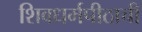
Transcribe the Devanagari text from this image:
शिवधर्मपीठाची